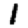
Digit: 1